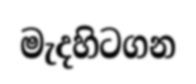
මැදහිටගන